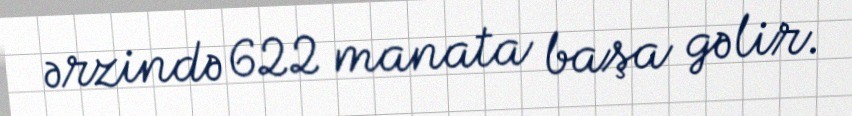
ərzində 622 manata başa gəlir.